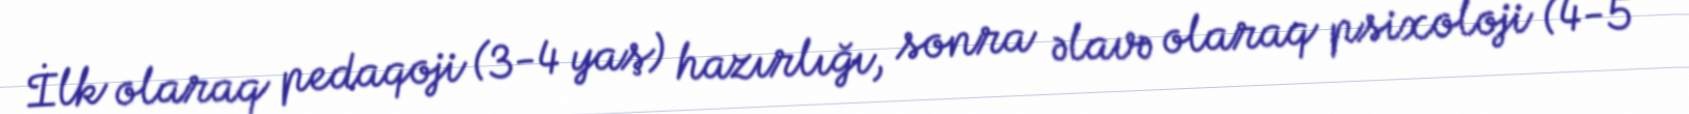
İlk olaraq pedaqoji (3-4 yaş) hazırlığı, sonra əlavə olaraq psixoloji (4-5